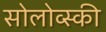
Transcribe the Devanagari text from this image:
सोलोव्स्की